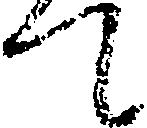
て